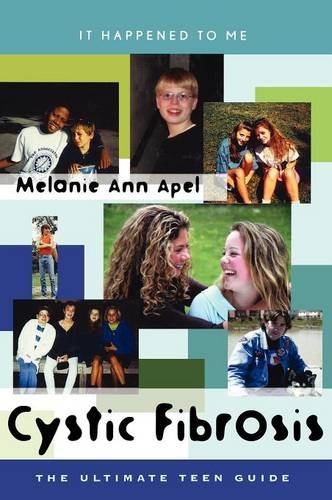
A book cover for Cystic Fibrosis: The Ultimate Teen Guide (It Happened to Me); Melanie Ann Apel; Health, Fitness & Dieting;